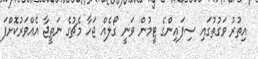
އިތުރު ވަގުތުގައި ސިފައިންގެ ޓީމުން ވަނީ ގޯލެއް ޖަހާ މެޗުގެ ނަތީޖާ އެއްވަރުކޮށްފަ